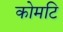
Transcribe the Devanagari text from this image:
कोमटि